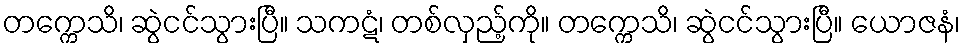
တက္ကေသိ၊ ဆွဲငင်သွားပြီ။ သကဋံ၊ တစ်လှည့်ကို။ တက္ကေသိ၊ ဆွဲငင်သွားပြီ။ ယောဇနံ၊